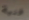
فنية